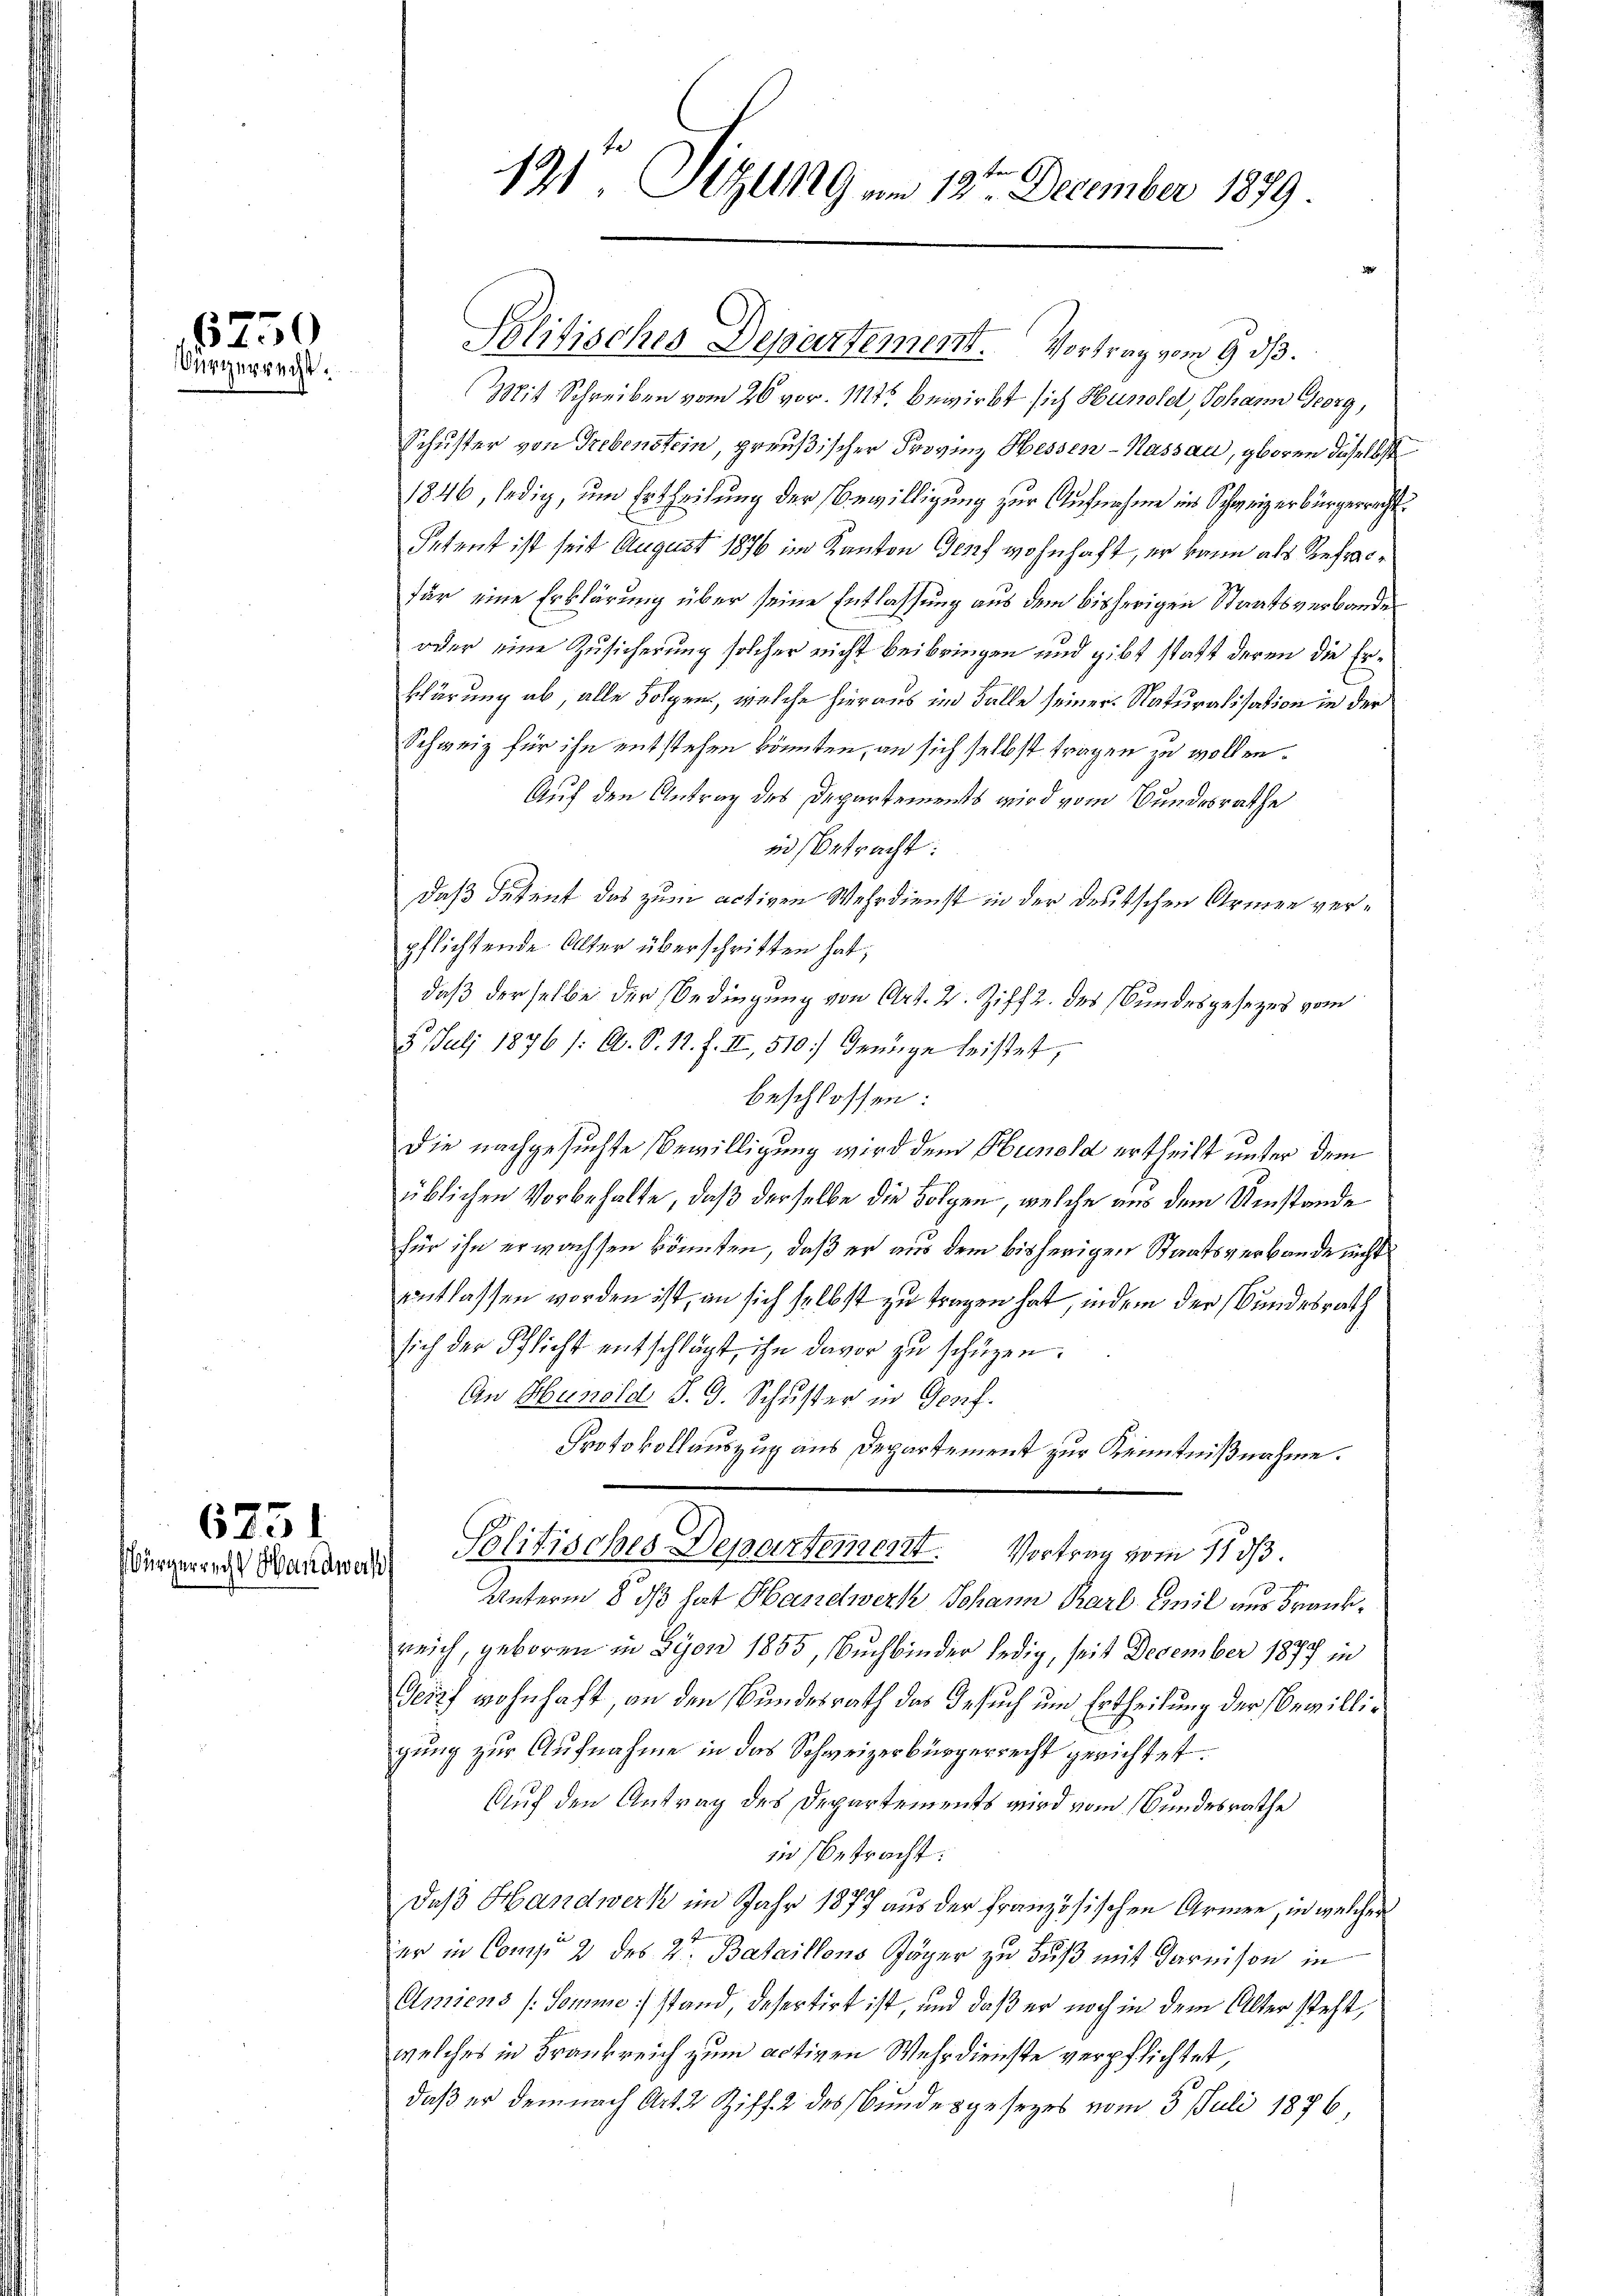
6750
Bürgerrecht.

6251

121. Sizung am 12ten December 1879.

Politisches Departement. Vortrag vom 9. ds.
Mit Schreiben vom 26 vor. Mts. bewirbt sich Hunold, Johann Georg,
Schuster von Trebenstein, preußischer Provinz Hessen-Kassau, gboren dieselbst
1846, ledig, um Ertheilung der Bewilligung zur Aufnahme in Schweizerbürgerrecht:
Setent ist seit August 1876 im Kanton Genf wohnhaft, er kann als Refracfür eine Erklärung über seine Entlassung aus dem bisherigen Staatsverbande
oder eine Zusicherung solcher nicht beibringen und gibt statt deren die Erklärung ab, alle Folgen, welche hieraus im Falle seiner Naturalisation in der
Schweiz für ihn entstehen könnten, an sich selbst tragen zu wollen.
Auf den Antrag des Departements wird vom Bundesrathe
in Betracht:
daß datent das zum activen Wehrdienst in der deutschen Armen verpflichtende Alter überschritten hat;
daß derselbe der Bedingung von Art. 2. Ziff. des Bundesgesetzes vom
5. Juli 1876 /: A. S. 12. F. II, 510.) Genüge leistet,
beschlossen:
die nachgesuchte Bewilligung wird dem Hunold ertheilt unter dem
üblichen Vorbehalte, daß derselbe die Folgen, welche aus dem Umstände
für ihn erwachsen könnten, daß er aus dem bisherigen Staatsverbande nicht
entlassen worden ist, an sich selbst zu tragen hat, indem der Bundesrath
sich der Pflicht entschlägt, ihn davor zu schüzen.
An Hunold S. G. Schuster in Gorf.
Protokollauszug aus Departement zur Kenntnißnahme.
Würgerend Wandrath Politisches Departement. Vortrag vom 11. ds.
Unterm 8. ds hat Handwerk Johann Karl Emil uns Frankreich, geboren in Lyon 1855, Buchbinder ledig, seit December 1879 in
Geif wohnhaft, an den Bundesrath das Gesuch um Ertheilung der bewilligung zur Aufnahme in das Schweizerbürgerrecht gerichtet.
Auf den Antrag des Departements wird vom Bundesrathe
in betracht:
Daß Handwerk im Jahr 1877 aus der französischen Armen, in welcher
er in Como 2 des 2. Bataillons Jäger zu Fuß mit darnison in
Amiens (Somme stand, desertirt ist, und daß er noch in dem Alter steht,
welches in Frankreich zum activen Wehrdienste verpflichtet,
daß er dem nach Art. 2 Ziff. 2 des Bundesgesezes vom 5. Juli 1876,